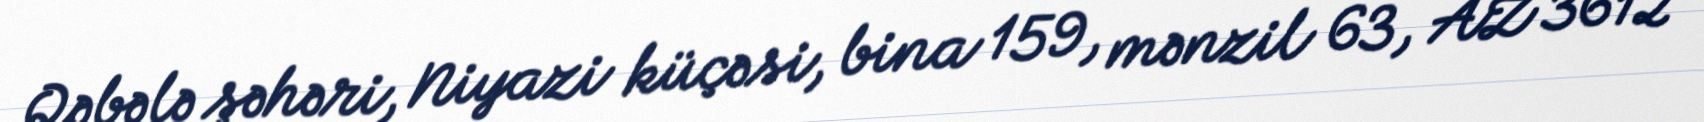
Qəbələ şəhəri, Niyazi küçəsi, bina 159, mənzil 63, AZ 3612